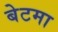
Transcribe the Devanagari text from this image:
बेटमा